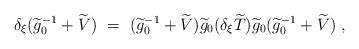
LaTeX: \begin{align*}\delta_{\xi}(\widetilde g_0^{-1}+\widetilde V)\ =\ (\widetilde g_0^{-1}+\widetilde V)\widetilde g_0(\delta_{\xi} \widetilde T)\widetilde g_0(\widetilde g_0^{-1}+\widetilde V)\ ,\end{align*}